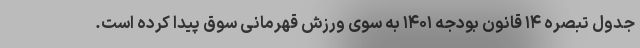
جدول تبصره ۱۴ قانون بودجه ۱۴۰۱ به سوی ورزش قهرمانی سوق پیدا کرده است.